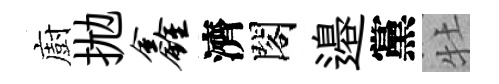
廚拋鑫濟閣邉黨牡